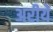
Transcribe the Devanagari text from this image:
अरीये